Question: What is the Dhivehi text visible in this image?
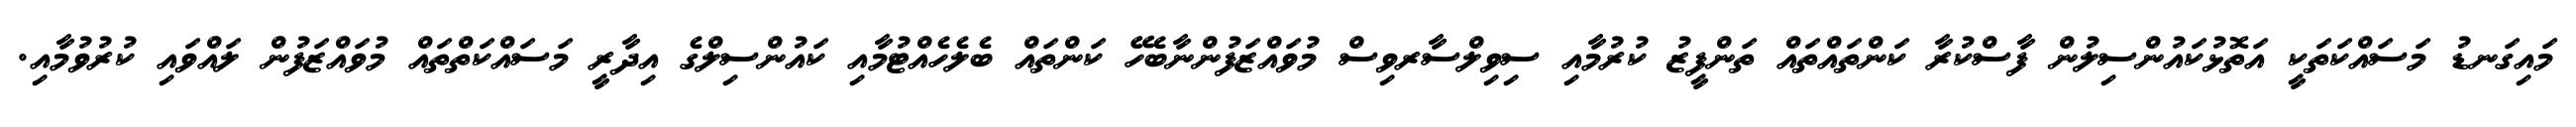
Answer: މައިގަނޑު މަސައްކަތަކީ އަތޮޅުކައުންސިލުން ފާސްކުރާ ކަންތައްތައް ތަންފީޒު ކުރުމާއި ސިވިލްސާރވިސް މުވައްޒަފުންނާބެހޭ ކަންތައް ބެލެހެއްޓުމާއި ކައުންސިލްގެ އިދާރީ މަސައްކަތްތައް މުވައްޒަފުން ލައްވައި ކުރުވުމާއި.